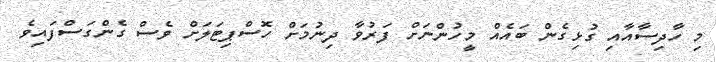
މި ހާދިސާއާއި ގުޅިގެން ބައެއް މީހުންނަށް ފަރުވާ ދިނުމަށް ހޮސްޕިޓަލަށް ވެސް ގެންގަސްފައިވެ